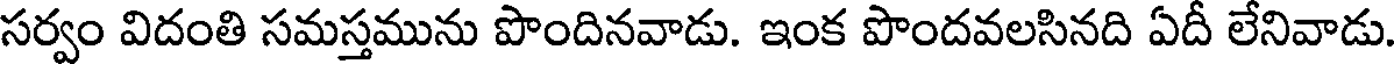
సర్వం విదంతి సమస్తమును పొందినవాడు. ఇంక పొందవలసినది ఏదీ లేనివాడు.